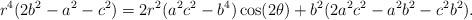
LaTeX: \begin{align*}r^4(2b^2-a^2-c^2)=2r^2(a^2c^2-b^4)\cos (2\theta)+b^2(2a^2c^2-a^2b^2-c^2b^2).\end{align*}